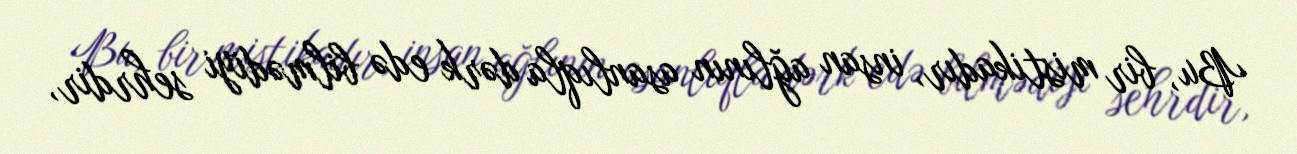
Bu, bir mistikadır, insan ağlının asanlıqla dərk edə bilmədiyi sehrdir,